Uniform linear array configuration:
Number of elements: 48
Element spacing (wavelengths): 1
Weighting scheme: uniform
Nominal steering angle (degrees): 45
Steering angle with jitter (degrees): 45.135
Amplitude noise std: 0.05
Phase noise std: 0.05

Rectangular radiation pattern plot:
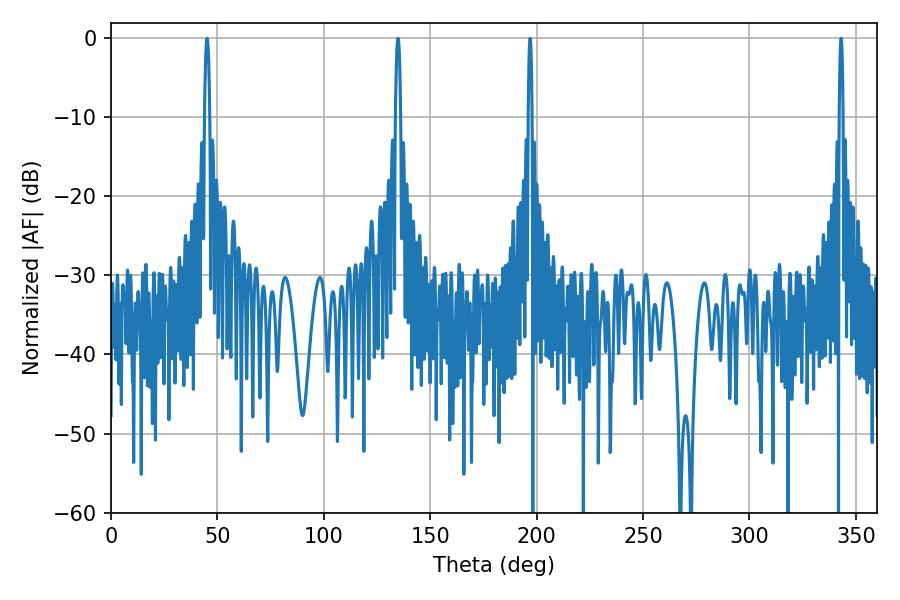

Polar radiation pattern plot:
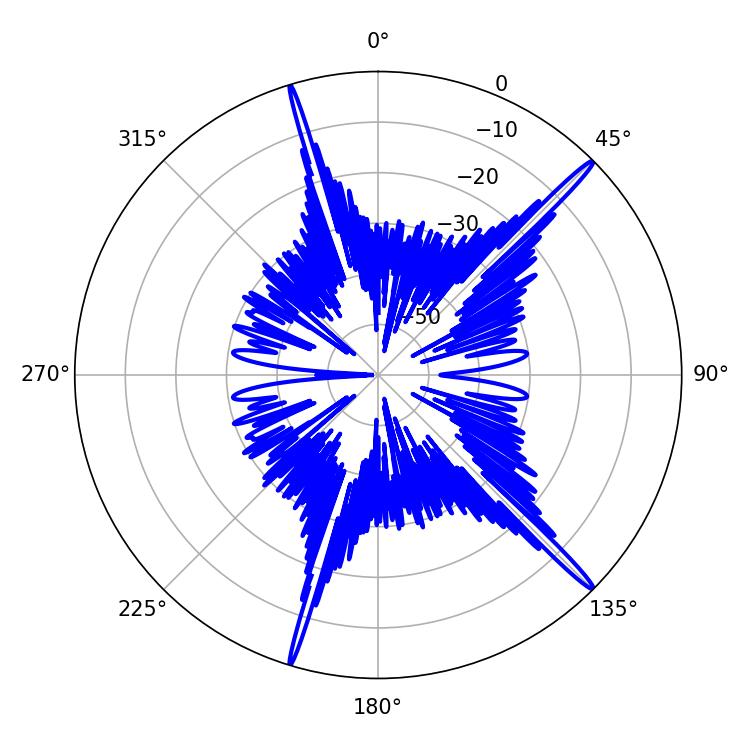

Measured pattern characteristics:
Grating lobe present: TRUE
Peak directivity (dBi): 18.39
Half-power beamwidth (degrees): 1.08
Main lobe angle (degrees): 196.92